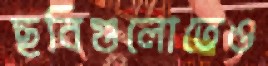
ছবিগুলোতেও